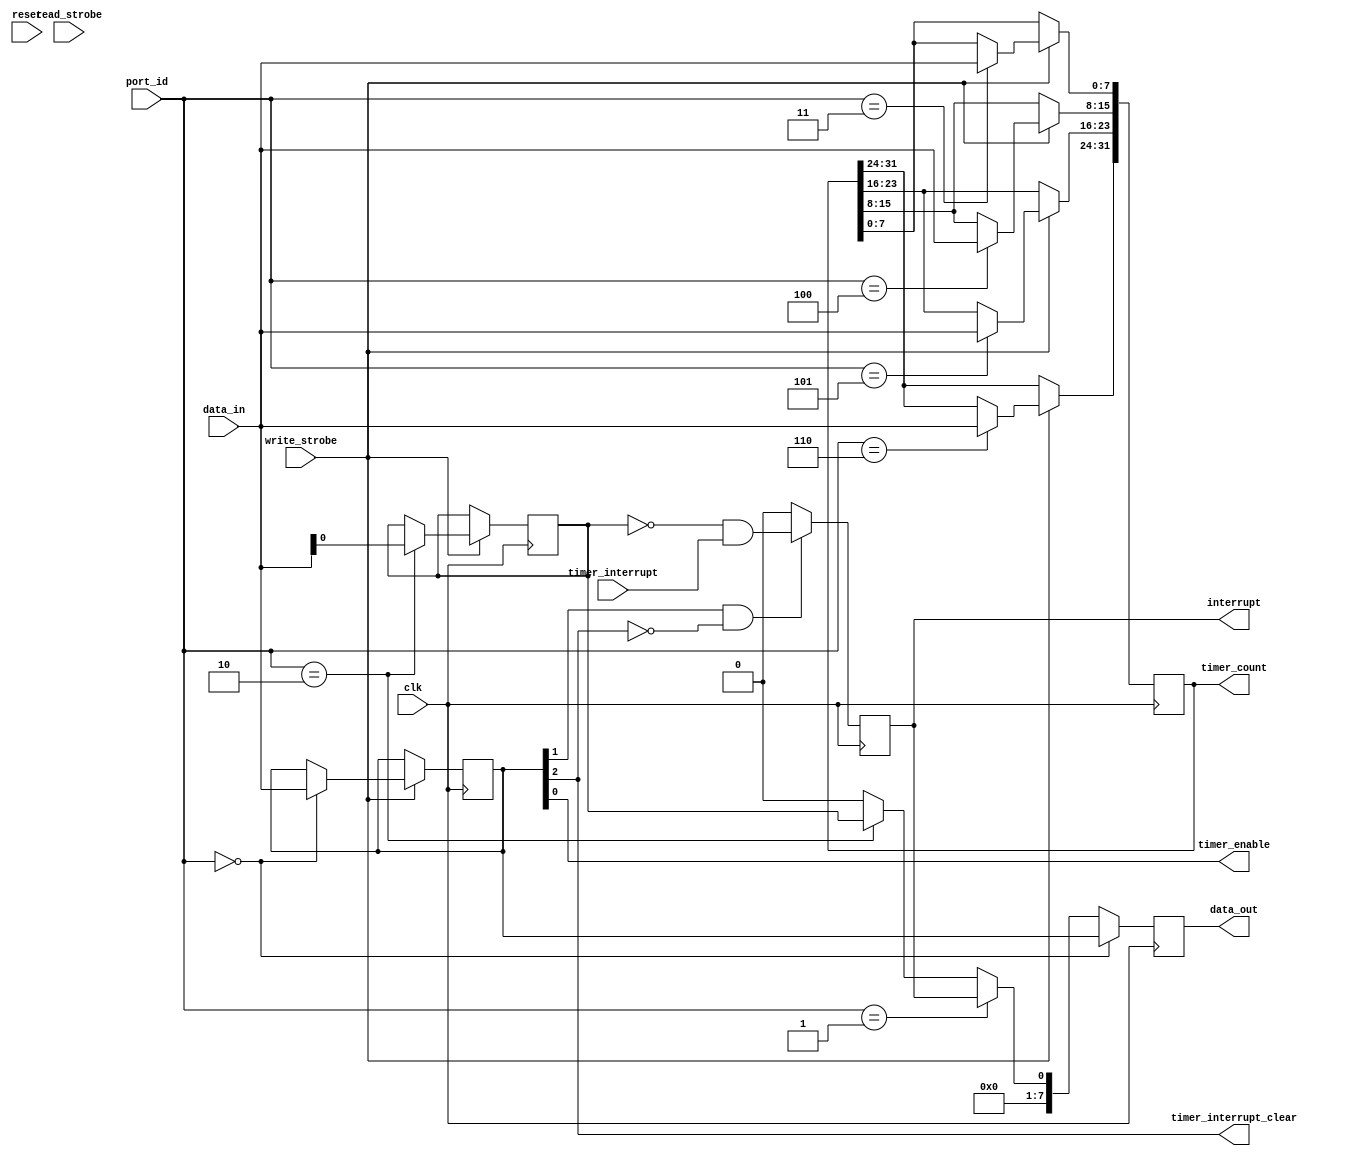
module timer_regs (/*AUTOARG*/
   // Outputs
   data_out, interrupt, timer_enable, timer_count,
   timer_interrupt_clear,
   // Inputs
   clk, reset, port_id, data_in, read_strobe, write_strobe,
   timer_interrupt
   ) ;
   parameter BASE_ADDRESS = 8'h00;   
   
   input clk;
   input reset;
   
   input [7:0] port_id;
   input [7:0] data_in;
   output [7:0] data_out;
   input        read_strobe;
   input        write_strobe;   
   
   output       interrupt;
   output       timer_enable;
   output [31:0] timer_count;
   output        timer_interrupt_clear;   
   input         timer_interrupt;

      
   //
   // Registers
   //
   reg           interrupt      = 0;
   reg [7:0]     data_out       = 8'h00;
   reg [7:0]     timer_control  = 8'h00;
   reg [7:0]     timer_status   = 8'h00;
   reg           timer_irq_mask = 1'b0;
   reg [31:0]    timer_count    = 32'h0000_0000;

   //
   // Wires
   //
   wire          timer_enable           = timer_control[0];
   wire          timer_interrupt_enable = timer_control[1];
   wire          timer_interrupt_clear  = timer_control[2];
   
   //
   // Interrupt Logic
   //
   always @(posedge clk)
     if (timer_interrupt_enable & !timer_interrupt_clear) begin
        interrupt <= ~timer_irq_mask & timer_interrupt;        
     end else begin
        interrupt <= 1'b0;        
     end
   
   //
   // Address Decode
   //
   wire          timer_control_enable  = (port_id == (BASE_ADDRESS + 0));
   wire          timer_status_enable   = (port_id == (BASE_ADDRESS + 1));
   wire          timer_irq_mask_enable = (port_id == (BASE_ADDRESS + 2));
   wire          timer_count0_enable   = (port_id == (BASE_ADDRESS + 3));
   wire          timer_count1_enable   = (port_id == (BASE_ADDRESS + 4));
   wire          timer_count2_enable   = (port_id == (BASE_ADDRESS + 5));
   wire          timer_count3_enable   = (port_id == (BASE_ADDRESS + 6));
   
   //
   // Write Logic
   //
   always @(posedge clk)
     if (write_strobe) begin
        
        if (timer_control_enable) begin
           timer_control <= data_in;           
        end
        
        if (timer_irq_mask_enable) begin
           timer_irq_mask <= data_in[0];           
        end

        if (timer_count0_enable) begin
           timer_count[7:0] <= data_in;           
        end

        if (timer_count1_enable) begin
           timer_count[15:8] <= data_in;           
        end

        if (timer_count2_enable) begin
           timer_count[23:16] <= data_in;           
        end

        if (timer_count3_enable) begin
           timer_count[31:24] <= data_in;           
        end         
     end // if (write_strobe)

   //
   // Read Logic
   //
   always @(posedge clk) begin
      if (timer_control_enable) begin
         data_out <= timer_control;         
      end

      else if (timer_status_enable) begin
         data_out <= {7'b0000000, interrupt};         
      end

      else if (timer_irq_mask_enable) begin
         data_out <= {7'b0000000, timer_irq_mask};         
      end

      else begin
         data_out <= 8'h00;         
      end
      
   end
   
endmodule